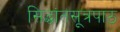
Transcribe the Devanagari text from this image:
सिद्धांतसूत्रपाठ